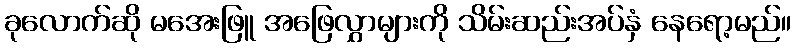
ခုလောက်ဆို မအေးဖြူ အဖြေလွှာများကို သိမ်းဆည်းအပ်နှံ နေရော့မည်။